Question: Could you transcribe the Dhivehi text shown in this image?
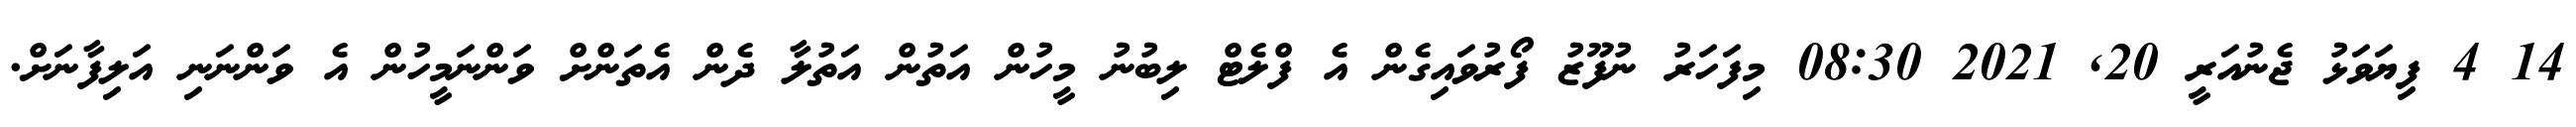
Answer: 14 4 ފިޔަވަޅު ޖެނުއަރީ 20, 2021 08:30 މިފަހަރު ނުފޫޒު ފޯރުވައިގެން އެ ފްލެޓް ލިބުނު މީހުން އަތުން އަތުލާ ދެން އެތަންށް ވަންނަމީހުން އެ ވަންނަނި އަލިފާނަށް.